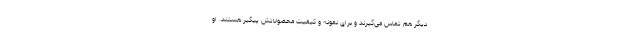
دیگر هم تماس می‌گیرند و برای نمونه و کیفیت محصولاتش پیگیر هستند. او